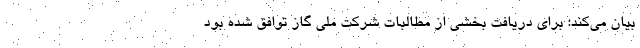
بیان می‌کند: برای دریافت بخشی از مطالبات شرکت ملی گاز توافق شده بود